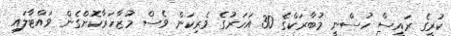
ކުރީގެ ރައީސް ހުސްނީ މުބާރަކްގެ 30 އަހަރުގެ ވެރިކަން ވެސް މުޒާހަރާކޮށްގެން ވައްޓާލައި